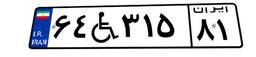
۶۴W۳۱۵۸۱